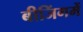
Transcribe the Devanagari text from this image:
बीजिंगमें